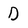
Character: D